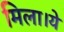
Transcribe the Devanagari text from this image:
मिला।ये